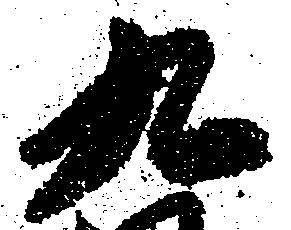
九